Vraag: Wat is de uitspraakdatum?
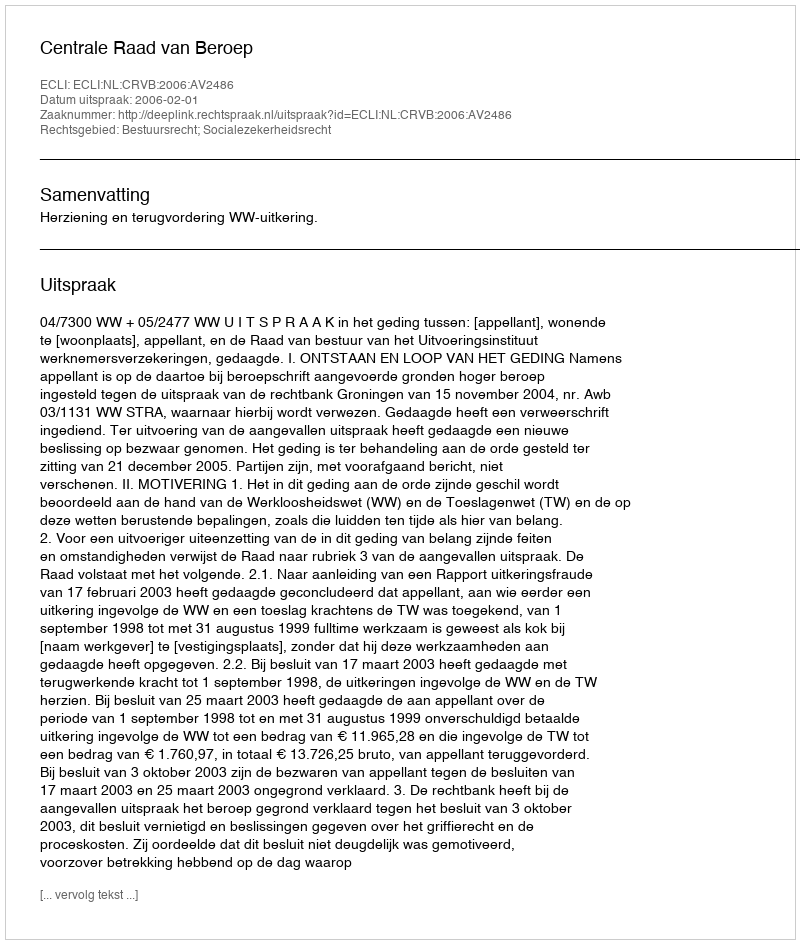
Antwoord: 2006-02-01